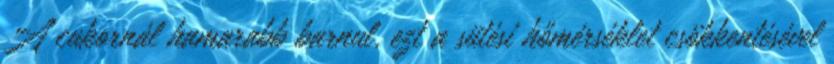
A cukornál hamarabb barnul, ezt a sütési hőmérséklet csökkentésével